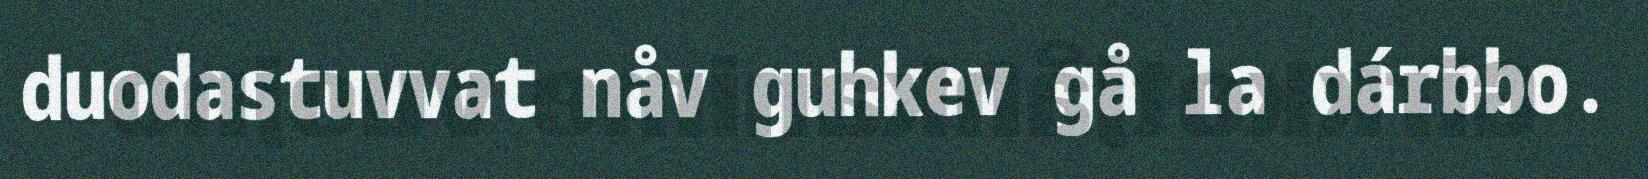
duodastuvvat nåv guhkev gå la dárbbo.